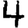
Digit: 4